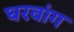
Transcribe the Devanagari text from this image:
घरवांग